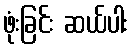
ဖုံးခြင်း ဆယ်ပါး